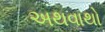
અથવાથો